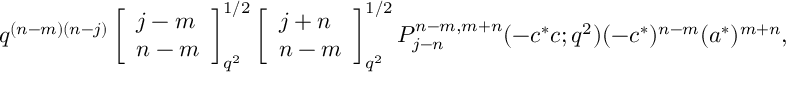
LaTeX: q ^ { ( n - m ) ( n - j ) } \left[ \begin{array} { l } { { j - m } } \\ { { n - m } } \end{array} \right] _ { q ^ { 2 } } ^ { 1 / 2 } \left[ \begin{array} { l } { { j + n } } \\ { { n - m } } \end{array} \right] _ { q ^ { 2 } } ^ { 1 / 2 } P _ { j - n } ^ { n - m , m + n } ( - c ^ { * } c ; q ^ { 2 } ) ( - c ^ { * } ) ^ { n - m } ( a ^ { * } ) ^ { m + n } ,